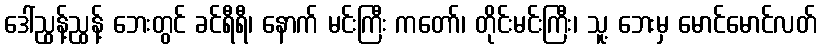
ဒေါ်ညွန့်ညွန့် ဘေးတွင် ခင်ရီရီ၊ နောက် မင်းကြီး ကတော်၊ တိုင်းမင်းကြီး၊ သူ့ ဘေးမှ မောင်မောင်လတ်